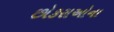
છોકરાઓના